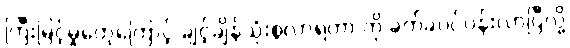
ကြီးမြင့်မှုတွေကြောင့် ချင့်ချိန်သုံးစွဲလာရတာ ကို ခက်ခဲပင်ပန်းလာပြီလို့